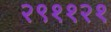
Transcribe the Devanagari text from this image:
२९११२१